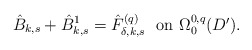
\begin{align*}\hat B_{k,s}+\hat B^1_{k,s}=\hat F^{(q)}_{\delta,k,s}\ \ \mbox{on $\Omega^{0,q}_0(D')$}.\end{align*}